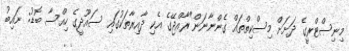
މިނިސްޓްރީގެ ދަށަށް މިސްކިތްތައް ގެންނާނަން"ރާއްޖޭގެ އެކި ދާއިރާތަކުގައި ސައޫދީގެ ހިއްސާ ބޮޑު: ނައިބު